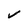
Character: V